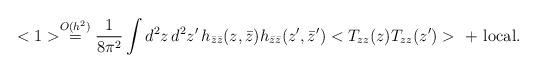
LaTeX: \begin{align*}<1> \stackrel{O(h^2)}{=}\frac{1}{8\pi^2} \int d^2z\, d^2z'\, h_{\bar z\bar z}(z,\bar z)h_{\bar z\bar z}(z', \bar z')< T_{zz}(z) T_{zz}(z') >\ +\ {\rm local}. \end{align*}